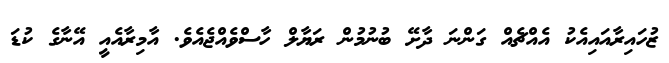
ޒުހައިރާއައިއެކު އެއްޗެއް ގަންނަ ދާށޭ ބުނުމުން ރަޔާލް ހާސްވެއްޖެއެވެ. އާމިރާއެއީ އޭނާގެ ކުޑަ